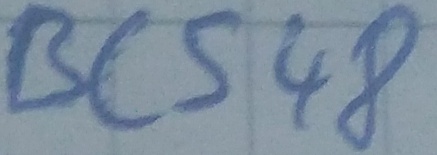
Text: BC548